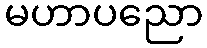
မဟာပညော